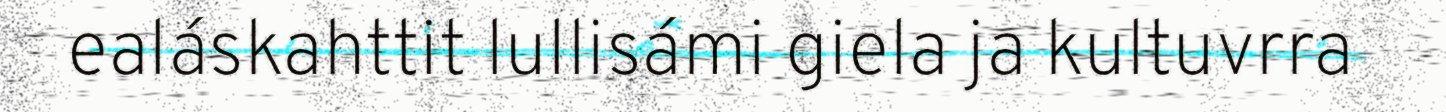
ealáskahttit lullisámi giela ja kultuvrra